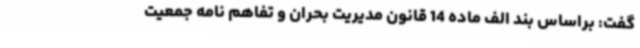
گفت: براساس بند الف ماده 14 قانون مدیریت بحران و تفاهم نامه جمعیت